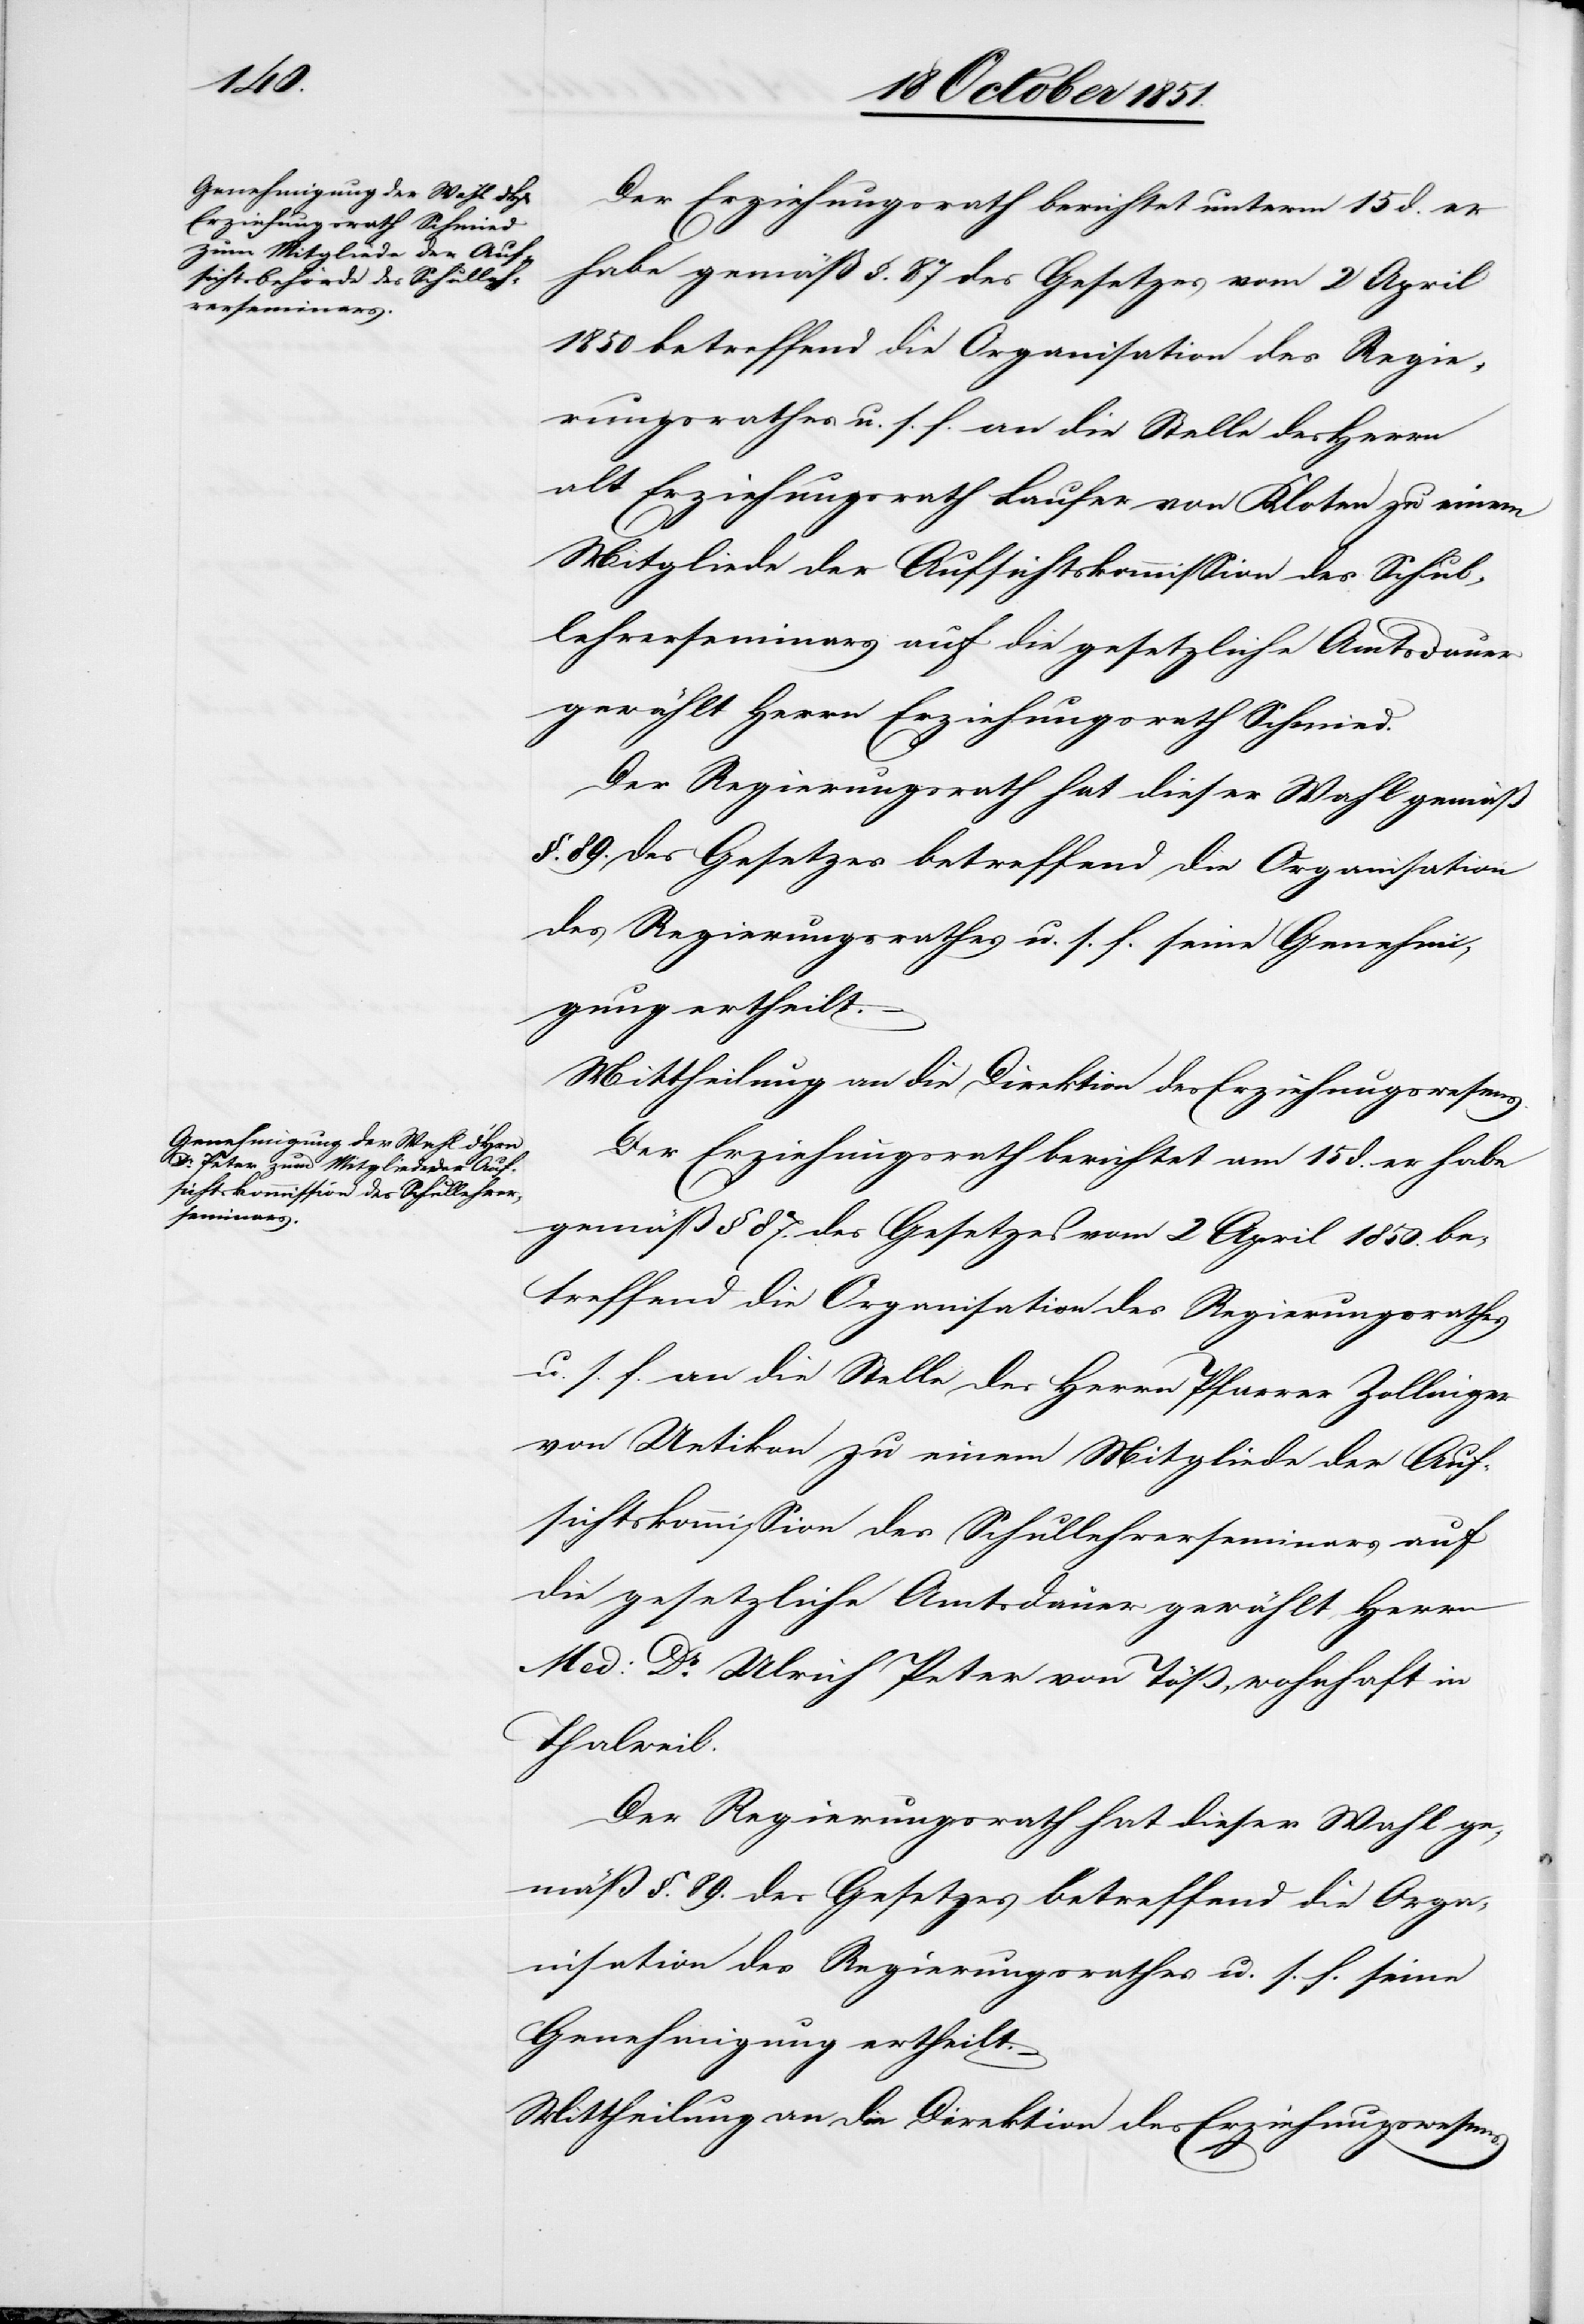
Der Erziehungsrath berichtet unterm 15 d. er
habe gemäß §. 87 des Gesetzes vom 2 April
1850 betreffend die Organisation des Regie¬
rungsrathes u. s. f. an die Stelle des Herrn
alt Erziehungsrath Laufer von Kloten zu einem
Mitgliede der Aufsichtskommission des Schul¬
lehrerseminars auf die gesetzliche Amtsdauer
gewählt Herrn Erziehungsrath Schmied.
Der Regierungsrath hat dieser Wahl gemäß
§. 89. des Gesetzes betreffend die Organisation
des Regierungsrathes u. s. f. seine Genehmi¬
gung ertheilt.
Mittheilung an die Direktion des Erziehungswesens.
Der Erziehungsrath berichtet am 15 d. er habe
gemäß § 87. des Gesetzes vom 2 April 1850. be¬
treffend die Organisation des Regierungsrathes
u. s. f. an die Stelle des Herrn Pfarrer Zollinger
von Uetikon zu einem Mitgliede der Auf¬
sichtskommission des Schullehrerseminars auf
die gesetzliche Amtsdauer gewählt Herrn
Med: Dr. Ulrich Peter von Töß, wohnhaft in
Thalweil.
Mittheilung an die Direktion des Erziehungswesens.